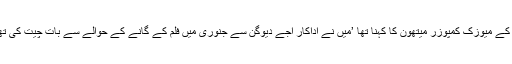
فلم کے میوزک کمپوزر میتھون کا کہنا تھا ’میں نے اداکار اجے دیوگن سے جنوری میں فلم کے گانے کے حوالے سے بات چیت کی تھی۔